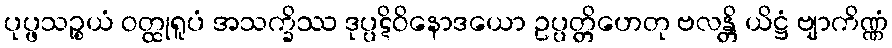
ပုပ္ဖသဉ္စယံ ဝတ္ထုရူပံ အသက္ခိဿ ဒုပ္ပဋိဝိနောဒယော ဥပ္ပတ္တိဟေတု ဗလန္တိ ယိဋ္ဌံ ဗျာကိဏ္ဏံ